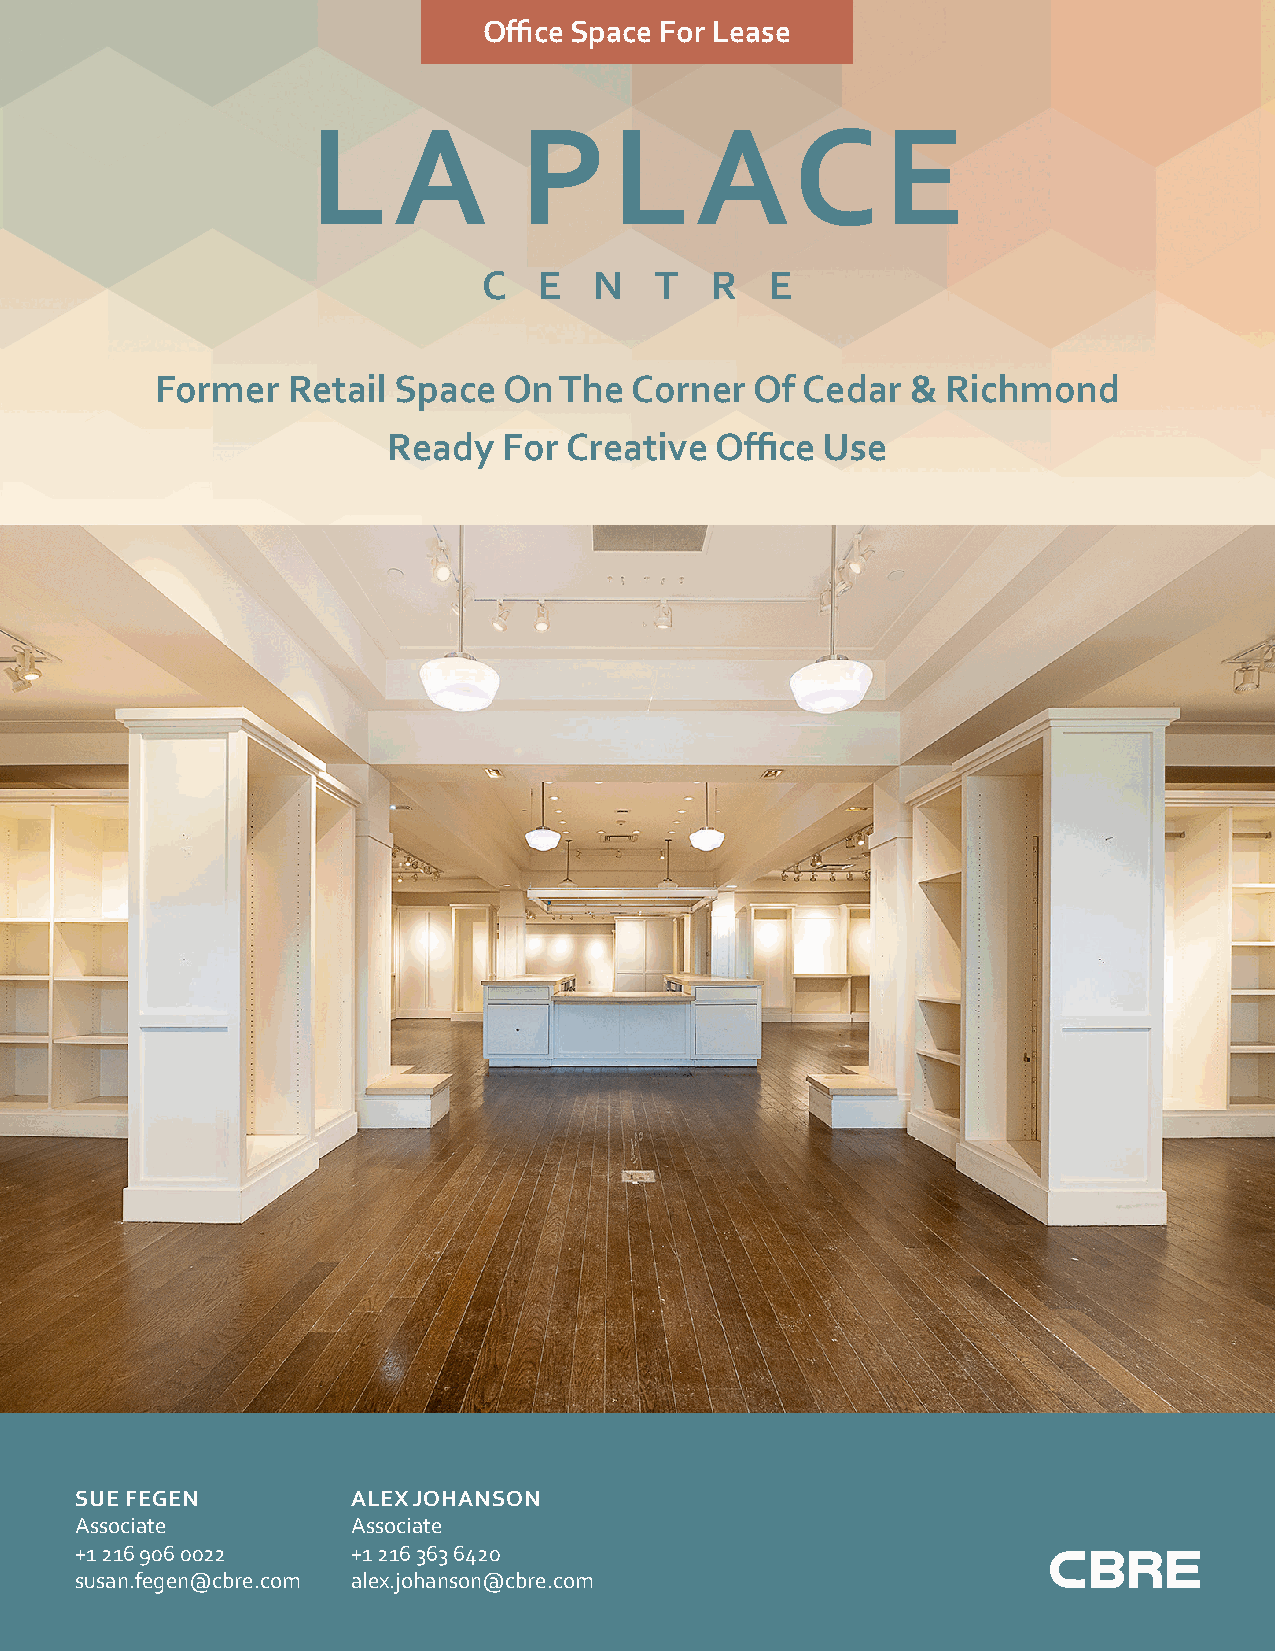
Office Space For Lease
 LA           PLACE
 C   E  N   T   R   E
 Former   Retail Space  On  The  Corner  Of Cedar  &  Richmond
 Ready  For Creative  Office Use
 SUE FEGEN         ALEX JOHANSON
 Associate         Associate
 +1 216 906 0022   +1 216 363 6420
 susan.fegen@cbre.com alex.johanson@cbre.com